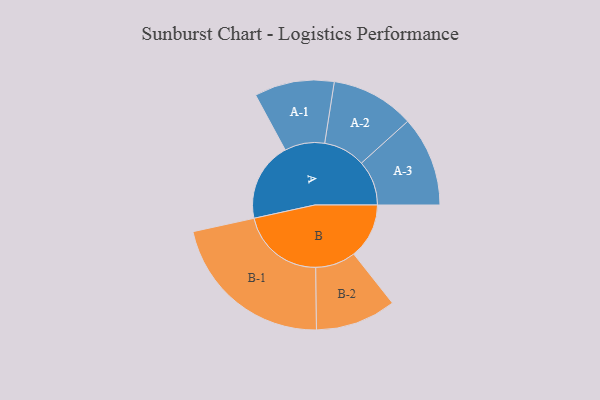
{"axis": {"x": "Segment", "y": "Value"}, "legend": ["", "A", "B"], "data": [{"x": "A", "y": 216, "type": ""}, {"x": "B", "y": 151, "type": ""}, {"x": "A-1", "y": 109, "type": "A"}, {"x": "A-2", "y": 114, "type": "A"}, {"x": "A-3", "y": 123, "type": "A"}, {"x": "B-1", "y": 229, "type": "B"}, {"x": "B-2", "y": 110, "type": "B"}]}